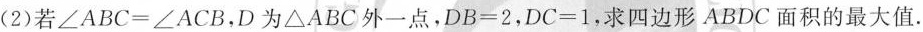
(2)若$$\angle ABC=\angle ACB$$，D为\triangle ABC外一点，$$DB=2$$，$$DC=1$$，求四边形ABDC面积的最大值。